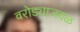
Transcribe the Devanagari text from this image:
वरोड्याजवळ